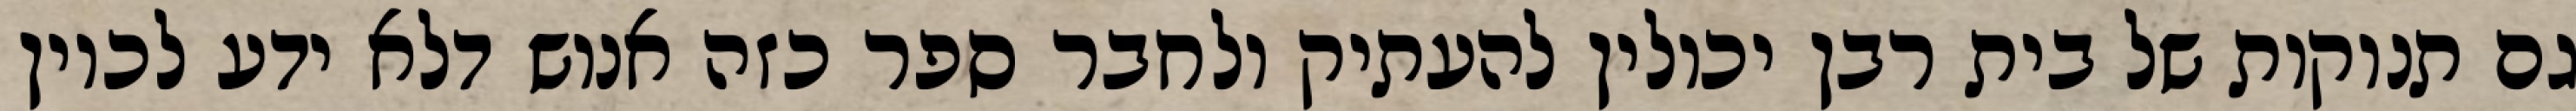
גם תנוקות של בית רבן יכולין להעתיק ולחבר ספר כזה אנוש דלא ידע לכוין